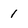
Character: 1